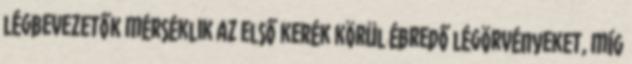
légbevezetők mérséklik az első kerék körül ébredő légörvényeket, míg